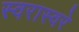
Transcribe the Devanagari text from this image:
स्वरास्वरे